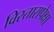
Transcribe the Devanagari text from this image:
विस्तारापेक्षा